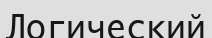
Логический